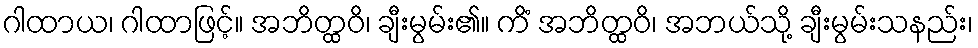
ဂါထာယ၊ ဂါထာဖြင့်။ အဘိတ္ထဝိ၊ ချီးမွမ်း၏။ ကိံ အဘိတ္ထဝိ၊ အဘယ်သို့ ချီးမွမ်းသနည်း၊